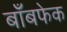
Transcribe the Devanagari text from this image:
बाँबफेक